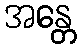
အန္တေ